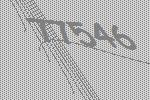
77546